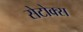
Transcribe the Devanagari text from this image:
सेटोक्स